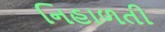
નિહાળતી